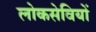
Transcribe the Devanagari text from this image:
लोकसेवियों